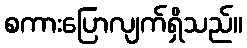
စကားပြောလျက်ရှိသည်။